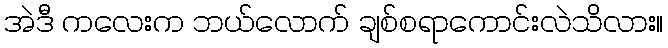
အဲဒီ ကလေးက ဘယ်လောက် ချစ်စရာကောင်းလဲသိလား။